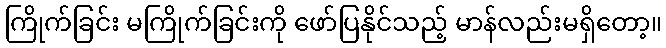
ကြိုက်ခြင်း မကြိုက်ခြင်းကို ဖော်ပြနိုင်သည့် မာန်လည်းမရှိတော့။